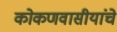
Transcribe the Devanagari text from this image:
कोकणवासीयांचे